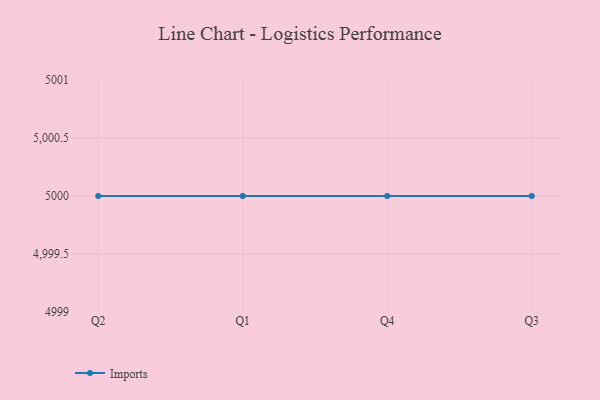
{"axis": {"x": "Quarter", "y": "Demand Index"}, "legend": ["Imports"], "data": [{"x": "Q2", "y": 5000, "type": "Imports"}, {"x": "Q1", "y": 5000, "type": "Imports"}, {"x": "Q4", "y": 5000, "type": "Imports"}, {"x": "Q3", "y": 5000, "type": "Imports"}]}